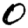
Digit: 0